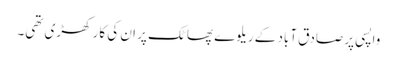
واپسی پر صادق آباد کے ریلوے پھاٹک پر ان کی کار کھڑی تھی۔